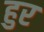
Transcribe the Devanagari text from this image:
हुर